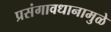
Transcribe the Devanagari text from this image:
प्रसंगावधानामुळे